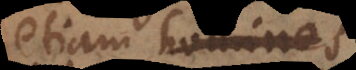
etiam homines